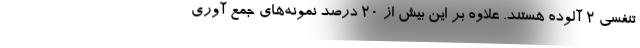
تنفسی ۲ آلوده هستند. علاوه بر این بیش از ۲۰ درصد نمونه‌های جمع آوری